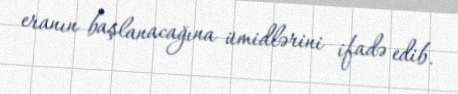
eranın başlanacağına ümidlərini ifadə edib.